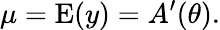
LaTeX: \mu=\operatorname{E}(y)=A^{\prime}(\theta).